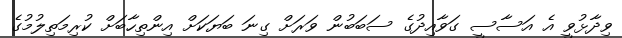
ވިދާޅުވީ އެ އަސާސީ ގަވާއިދުގެ ސަބަބުން ވަރަށް ގިނަ ބަޔަކަށް އިންތިހާބަށް ކުރިމަތިލުމުގެ